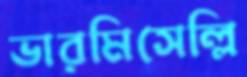
ভারমিসেল্লি